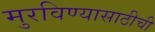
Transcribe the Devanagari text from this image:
मुरविण्यासाठीची